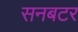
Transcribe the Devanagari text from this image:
सनबटर